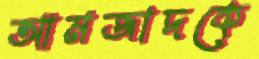
আমজাদকে